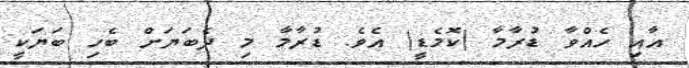
އާއި ހެއްވާ ޑުރާމާ (ކޮމެޑީ) އެވެ. ޑުރާމާ މި ދެބަޔަށް ބެހި ބަޔަކީ